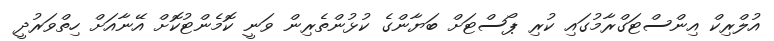
އުލްރިކް އިންސްޓަގްރާމުގައި ކުރި ޕޯސްޓަށް ބަޔާންގެ ކުޅުންތެރިން ވަނީ ކޮމެންޓުކޮށް އޭނާއަށް ހިތްވަރުދީ